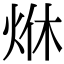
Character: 烌